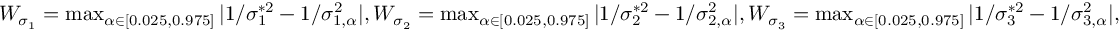
\begin{array} { r } { W _ { \sigma _ { 1 } } = \operatorname* { m a x } _ { \alpha \in [ 0 . 0 2 5 , 0 . 9 7 5 ] } | 1 / \sigma _ { 1 } ^ { * 2 } - 1 / \sigma _ { 1 , \alpha } ^ { 2 } | , W _ { \sigma _ { 2 } } = \operatorname* { m a x } _ { \alpha \in [ 0 . 0 2 5 , 0 . 9 7 5 ] } | 1 / \sigma _ { 2 } ^ { * 2 } - 1 / \sigma _ { 2 , \alpha } ^ { 2 } | , W _ { \sigma _ { 3 } } = \operatorname* { m a x } _ { \alpha \in [ 0 . 0 2 5 , 0 . 9 7 5 ] } | 1 / \sigma _ { 3 } ^ { * 2 } - 1 / \sigma _ { 3 , \alpha } ^ { 2 } | , } \end{array}